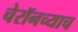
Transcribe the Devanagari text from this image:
चेरॉनच्याच